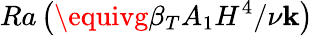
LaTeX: Ra\left(\equivg\beta_{T}A_{1}H^{4}/\nu\mathbf{k}\right)